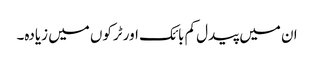
ان میں پیدل کم بائک اور ٹرکوں میں زیادہ۔